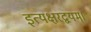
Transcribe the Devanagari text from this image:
इत्यक्षरद्वयम्।